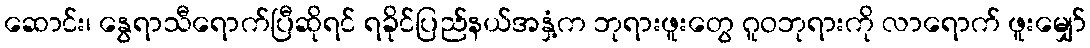
ဆောင်း၊ နွေရာသီရောက်ပြီဆိုရင် ရခိုင်ပြည်နယ်အနှံ့က ဘုရားဖူးတွေ ဂူဝဘုရားကို လာရောက် ဖူးမျှော်